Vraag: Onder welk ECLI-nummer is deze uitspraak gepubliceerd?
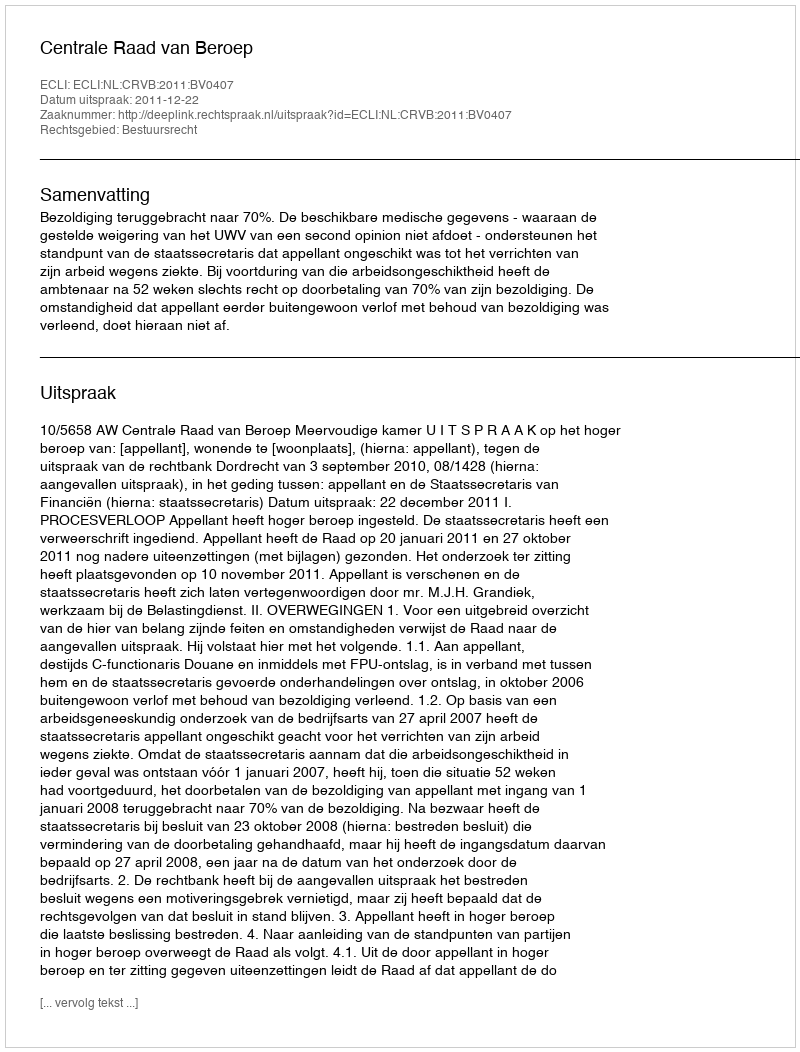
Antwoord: ECLI:NL:CRVB:2011:BV0407